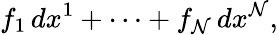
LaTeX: f_{1}\, dx^{1}+\cdots+f_{\mathcal{N}}\, dx^{\mathcal{N}},